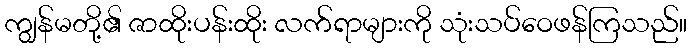
ကျွန်မတို့၏ ဇာထိုးပန်းထိုး လက်ရာများကို သုံးသပ်ဝေဖန်ကြသည်။